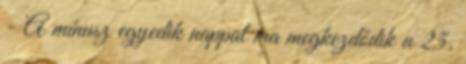
- A mínusz egyedik nappal ma megkezdődik a 25.